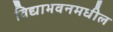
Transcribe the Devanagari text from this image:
विद्याभवनमधील